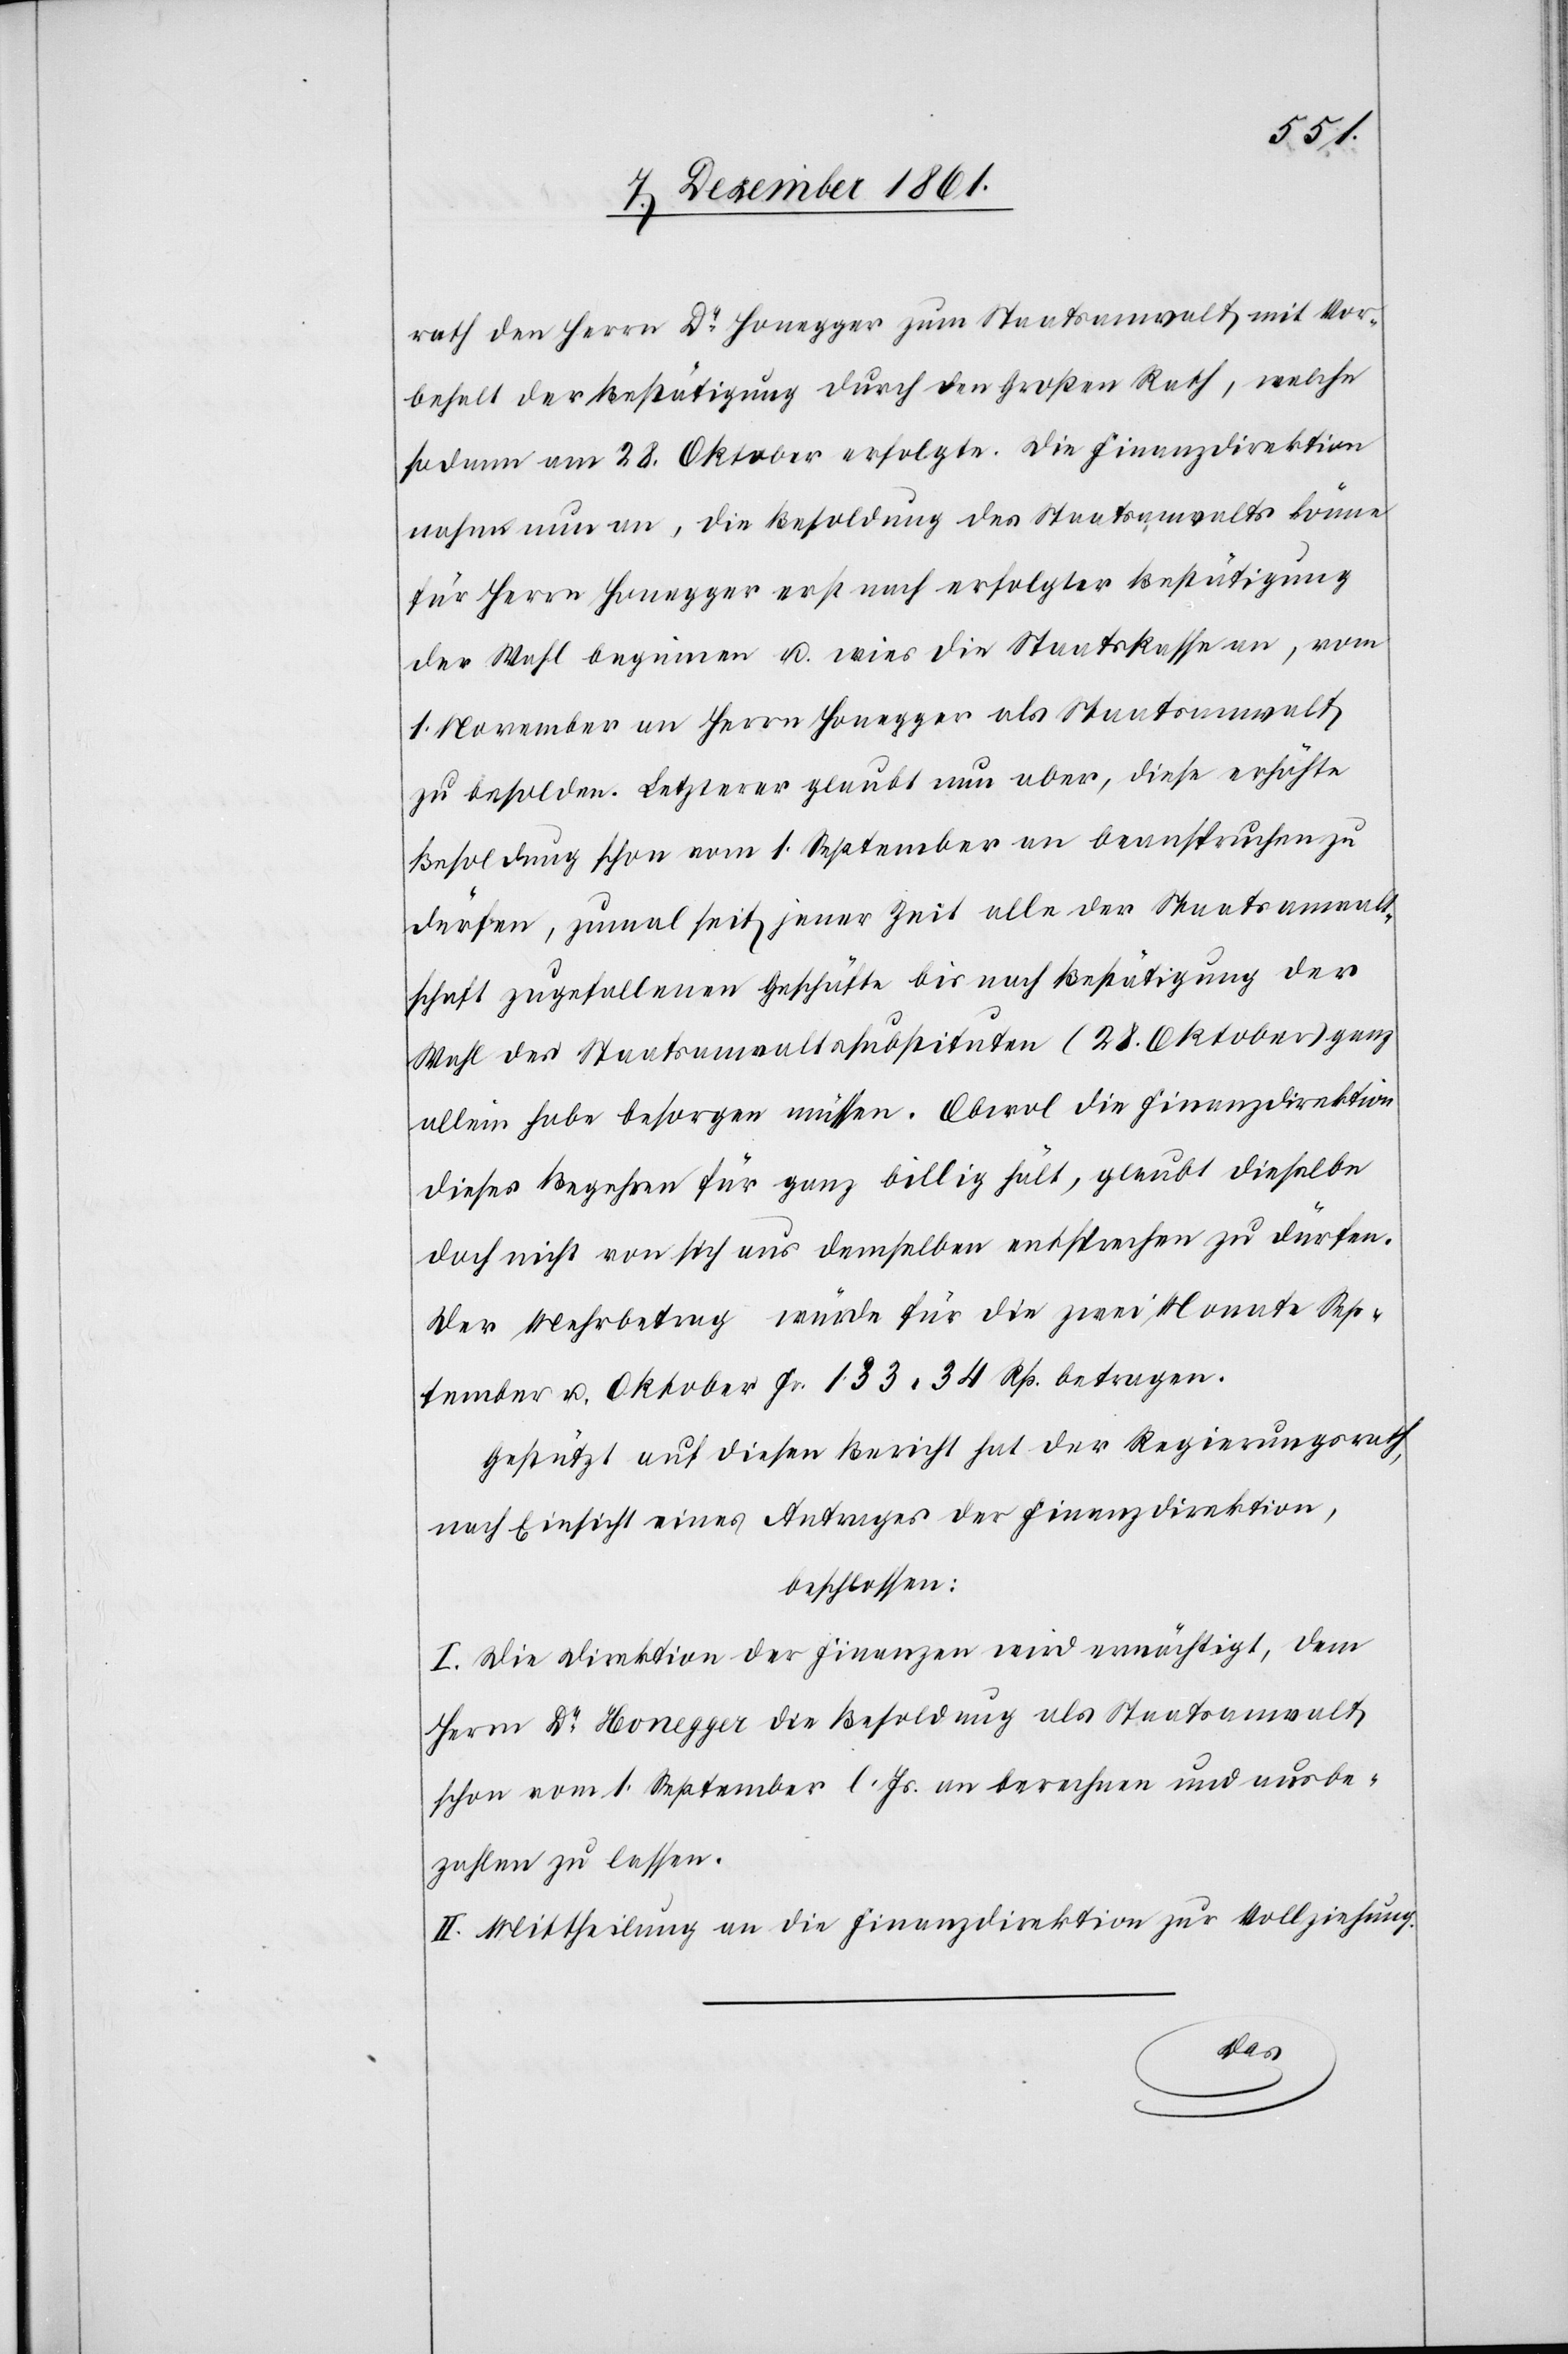
rath den Herrn Dr Honegger zum Staatsanwalt mit Vor¬
behalt der Bestätigung durch den Großen Rath, welche
sodann am 28 Oktober erfolgte. Die Finanzdirektion
nahm nun an, die Besoldung des Staatsanwaltes könne
für Herrn Honegger erst nach erfolgter Bestätigung
der Wahl beginnen u. wies die Staatskassa an, vom
1 November an Herrn Honegger als Staatsanwalt
zu besolden. Letzterer glaubt nun aber, diese erhöhte
Besoldung schon vom 1 September an beanspruchen zu
dürfen, zumal [er] seit jener Zeit alle der Staatsanwalt¬
schaft zugefallenen Geschäfte bis nach Bestätigung der
Wahl des Staatsanwaltssubstituten (28 Oktober) ganz
allein habe besorgen müssen. Obwol die Finanzdirektion
dieses Begehren für ganz billig hält, glaubt dieselbe
doch nicht von sich aus demselben entsprechen zu dürfen.
Der Mehrbetrag würde für die zwei Monate Sep¬
tember u. Oktober Fr 133. 34 Rp. betragen.
Gestützt auf diesen Bericht hat der Regierungsrath,
nach Einsicht eines Antrages der Finanzdirektion,
beschlossen:
I. Die Direktion der Finanzen wird ermächtigt, dem
Herrn Dr Honegger die Besoldung als Staatsanwalt
zahlen zu lassen.
II. Mittheilung an die Finanzdirektion zur Vollziehung.
be¬